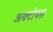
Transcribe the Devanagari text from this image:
अक्टोपस